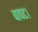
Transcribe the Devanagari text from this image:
बापट।